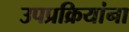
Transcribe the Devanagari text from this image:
उपप्रक्रियांना